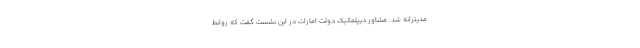
مدیترانه شد. مشاور دیپلماتیک دولت امارات در این نشست گفت که روابط